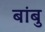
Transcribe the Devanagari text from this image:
बांबु